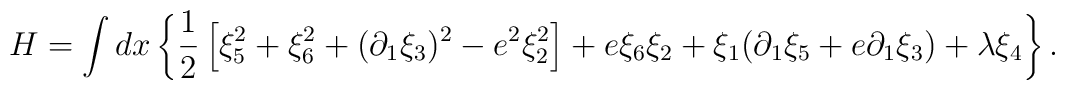
H =\int dx \left\{ \frac{1}{2}\left[\xi _{5}^{2}+\xi _{6}^{2}+(\partial _{1}\xi_{3})^{2}-e^{2}\xi _{2}^{2}\right] +e\xi _{6}\xi _{2}+\xi _{1}(\partial _{1}\xi _{5}+e\partial _{1}\xi_{3})+\lambda \xi _{4}\right\}.